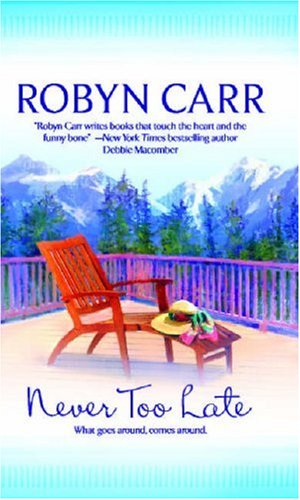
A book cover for Never Too Late (MIRA); Robyn Carr; Literature & Fiction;